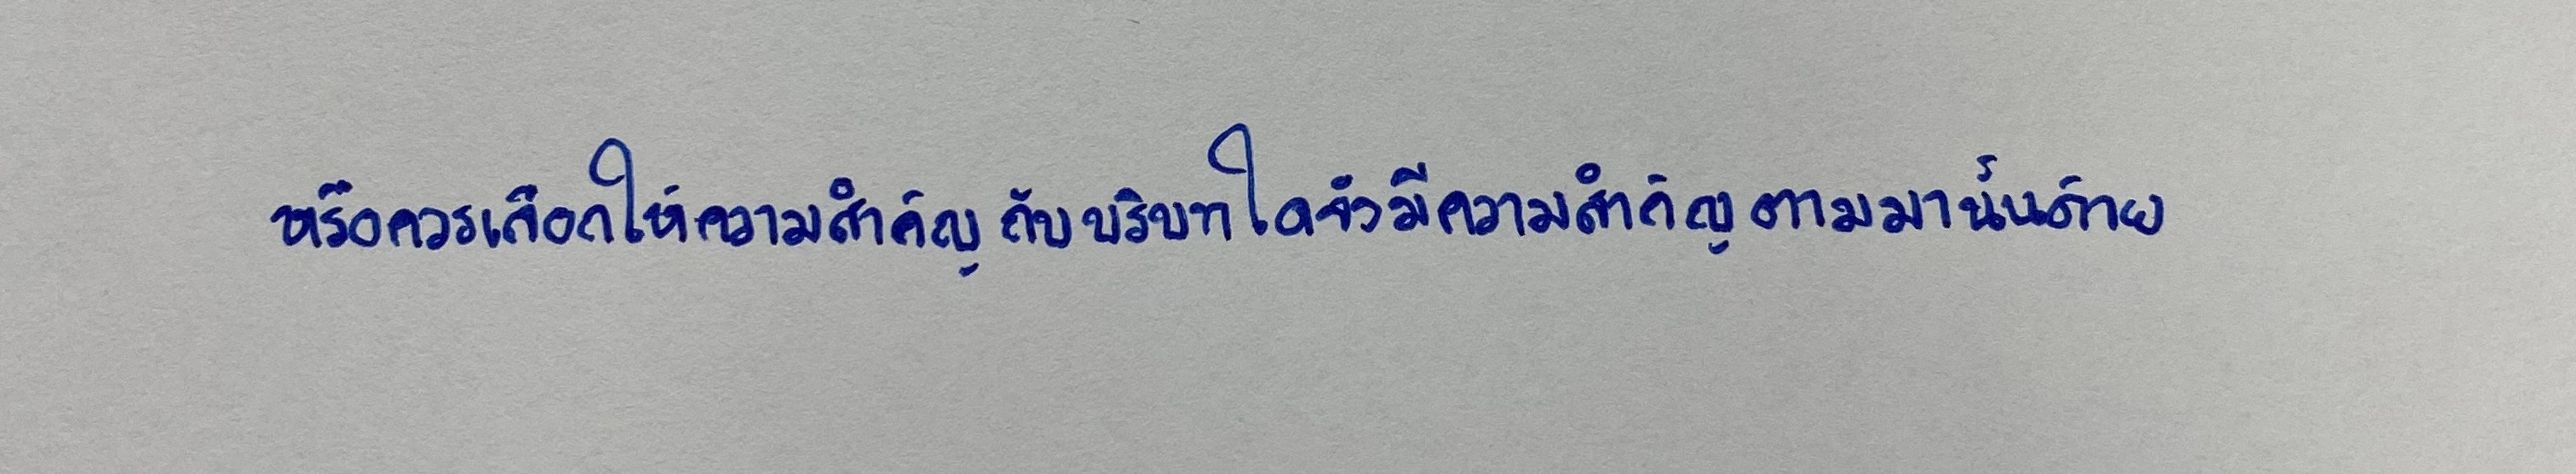
หรือควรเลือกให้ความสำคัญกับบริบทใดจึงมีความสำคัญตามมานั้นด้วย